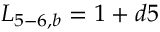
{ L _ { 5 - 6 , b } } = 1 + d 5